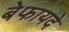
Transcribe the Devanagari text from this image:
बेफायदे